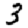
Digit: 3